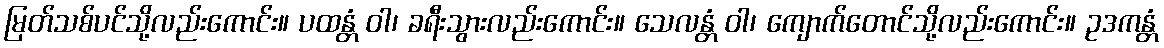
မြတ်သစ်ပင်သို့လည်းကောင်း။ ပထန္တံ ဝါ၊ ခရီးသွားလည်းကောင်း။ သေလန္တံ ဝါ၊ ကျောက်တောင်သို့လည်းကောင်း။ ဥဒကန္တံ